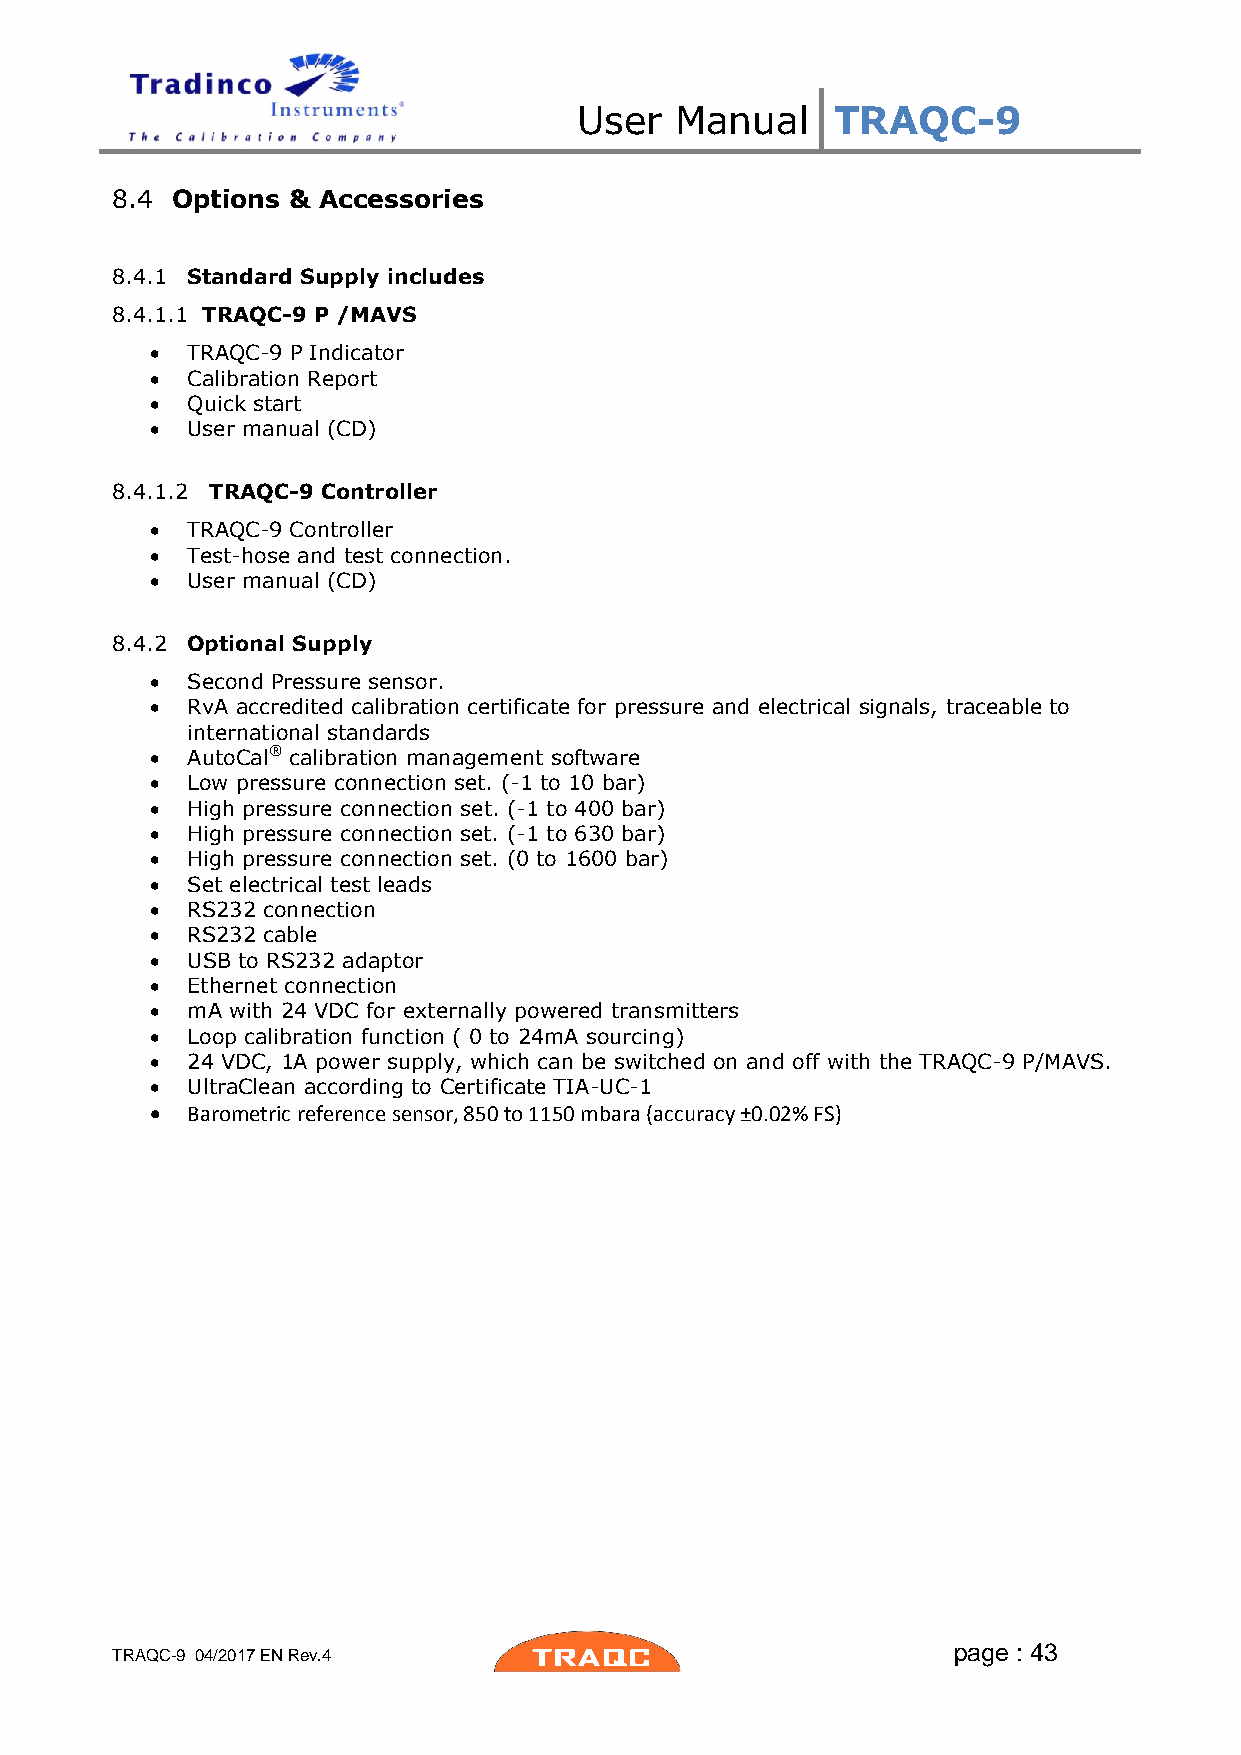
User   Manual    TRAQC-9
 8.4 Options & Accessories
 8.4.1 Standard Supply includes
 8.4.1.1 TRAQC-9 P /MAVS
  TRAQC-9 P Indicator
  Calibration Report
  Quick start
  User manual (CD)
 8.4.1.2 TRAQC-9 Controller
  TRAQC-9 Controller
  Test-hose and test connection.
  User manual (CD)
 8.4.2 Optional Supply
  Second Pressure sensor.
  RvA accredited calibration certificate for pressure and electrical signals, traceable to
 international standards
  AutoCal® calibration management software
  Low pressure connection set. (-1 to 10 bar)
  High pressure connection set. (-1 to 400 bar)
  High pressure connection set. (-1 to 630 bar)
  High pressure connection set. (0 to 1600 bar)
  Set electrical test leads
  RS232 connection
  RS232 cable
  USB to RS232 adaptor
  Ethernet connection
  mA with 24 VDC for externally powered transmitters
  Loop calibration function ( 0 to 24mA sourcing)
  24 VDC, 1A power supply, which can be switched on and off with the TRAQC-9 P/MAVS.
  UltraClean according to Certificate TIA-UC-1
  Barometric reference sensor, 850 to 1150 mbara (accuracy ±0.02% FS)
 page : 43
 TRAQC-9 04/2017 EN Rev.4